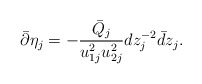
\begin{align*}\bar\partial\eta_j = -\frac{\bar Q_j}{u_{1j}^2u_{2j}^2}dz_j^{-2}\bar dz_j.\end{align*}